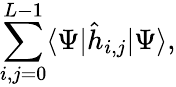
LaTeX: \sum_{i,j=0}^{L-1}\langle\Psi|\hat{h}_{i,j}|\Psi\rangle,